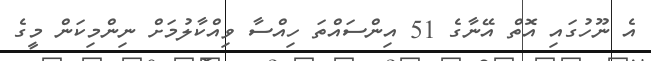
އެ ނޫހުގައި އޮތް އޭނާގެ 51 އިންސައްތަ ހިއްސާ ވިއްކާލުމަށް ނިންމިކަން މީގެ